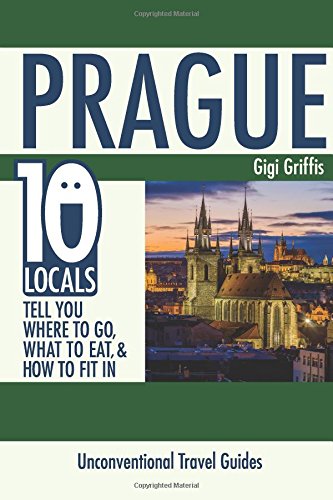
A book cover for Prague: 10 Locals Tell You Where to Go, What to Eat, & How to Fit In; Gigi Griffis; Travel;